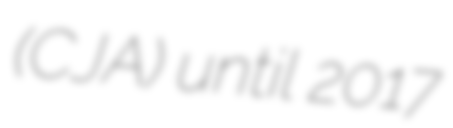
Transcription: (CJA) until 2017